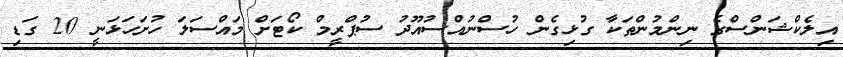
އިލެކްޝަންސްގެ ނިންމުންތަކާ ގުޅިގެން ހުސްނުއްސުއޫދު ސުޕްރީމް ކޯޓަށް މައްސަލަ ހުށަހަޅަނީ 20 ގަޑި